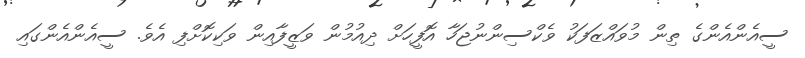
ސީއެންއެންގެ ތިން މުވައްޒަފަކު ވެކްސިންނުޖަހާ އޮފީހަށް ދިއުމުން ވަޒީފާއިން ވަކިކޮށްފި އެވެ. ސީއެންއެންގައި